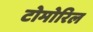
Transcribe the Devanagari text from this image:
टोमोरिल